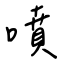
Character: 噴